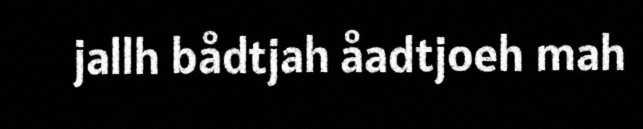
jallh bådtjah åadtjoeh mah